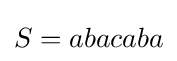
S=abacaba